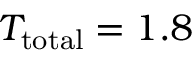
T _ { \mathrm { t o t a l } } = 1 . 8